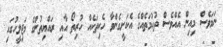
ނަމަވެސް މިއިން އެއްވެސް ތުހުމަތެއްގެ އެކަށީގެންވާ ހެކިތަކެއް ހުރިތޯ އާއި ރައްޔިތުންގެ މަޖިލީހުގައި